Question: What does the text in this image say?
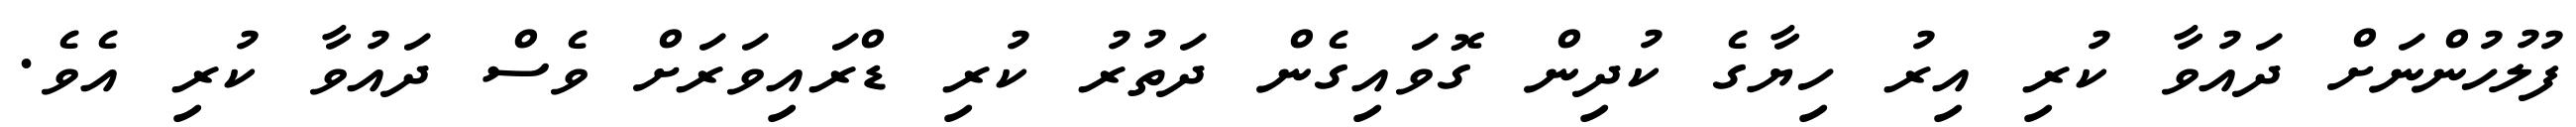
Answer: ފުލުހުންނަށް ދައުވާ ކުރި އިރު ހިޔާގެ ކުދިން ގޮވައިގެން ދަތުރު ކުރި ޑްރައިވަރަށް ވެސް ދައުވާ ކުރި އެވެ.